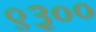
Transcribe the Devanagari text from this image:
९३००